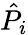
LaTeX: \hat{P}_{i}